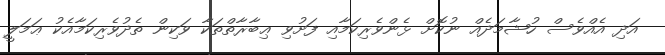
އަދި އެއްވެސް ހުޝާމަދެއް ނުކޮށް ޅެންވެރިކަމާއި ފަށުވި ޢިބާރާތްތަކާ ވަކިން ތެދުވެރިކަމާއެކު ޢަމަލީ